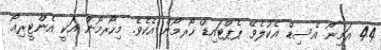
44 އަމިނޯ އެސިޑް އެކުލެވޭ ޕެޕްޓައިޑް ހޯރމޯން އެކެވެ. މިހޯރމޯން އަކީ އެންޓީރިއޯ